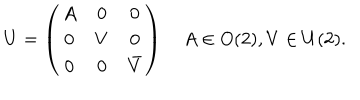
U = \left( \begin{array} { c c c } { { A } } & { { 0 } } & { { 0 } } \\ { { 0 } } & { { V } } & { { 0 } } \\ { { 0 } } & { { 0 } } & { { \bar { V } } } \\ \end{array} \right) \quad A \in O ( 2 ) , V \in U ( 2 ) .